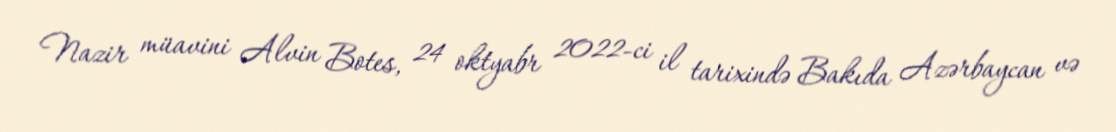
Nazir müavini Alvin Botes, 24 oktyabr 2022-ci il tarixində Bakıda Azərbaycan və